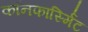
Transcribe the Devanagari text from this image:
कॉनफार्स्मिट